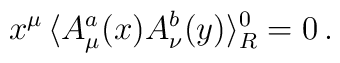
x^\mu \,\langle A^a_\mu(x) A^b_\nu(y) \rangle_R^0 =0 \,.